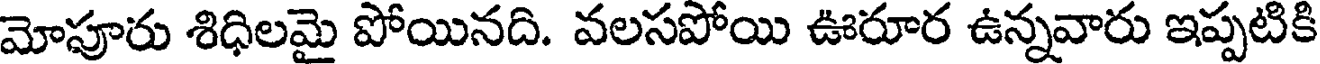
మోపూరు శిధిలమై పోయినది. వలసపోయి ఊరూర ఉన్నవారు ఇప్పటికి